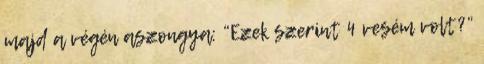
majd a végén aszongya: “Ezek szerint 4 vesém volt?”